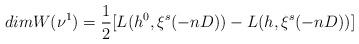
LaTeX: \begin{align*}dim W(\nu^1) = \frac{1}{2}[L(h^0,\xi^{s}(-nD))-L(h,\xi^{s}(-nD))]\end{align*}